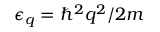
\epsilon _ { q } = \hbar ^ { 2 } q ^ { 2 } / 2 m